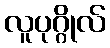
လူပုဂ္ဂိုလ်